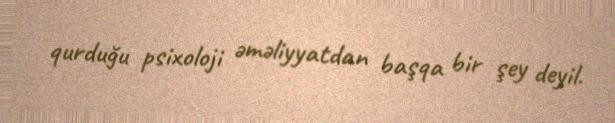
qurduğu psixoloji əməliyyatdan başqa bir şey deyil.